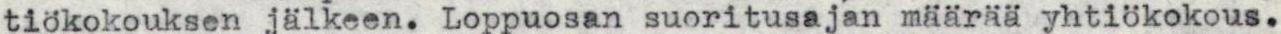
tiökokouksen jälkeen. Loppuosan suoritusajan määrää yhtiökokous.